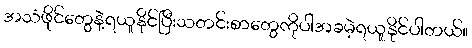
အသံဖိုင်တွေနဲ့ရယူနိုင်ပြီးသတင်းစာတွေကိုပါအခမဲ့ရယူနိုင်ပါတယ်။